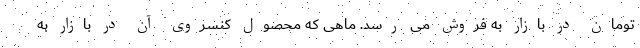
تومان در بازار به فروش می رسد. ماهی که محصول کنسروی آن در بازار به